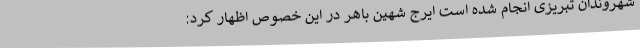
شهروندان تبریزی انجام شده است ایرج شهین باهر در این خصوص اظهار کرد: